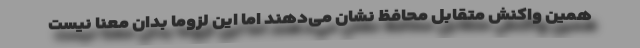
همین واکنش متقابل محافظ نشان می‌دهند اما این لزوما بدان معنا نیست